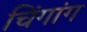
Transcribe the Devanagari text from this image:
चिंगांग